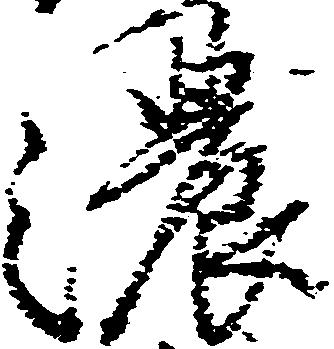
濃